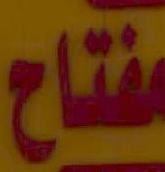
مفتاح